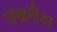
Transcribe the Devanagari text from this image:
जखनीया